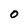
Character: O